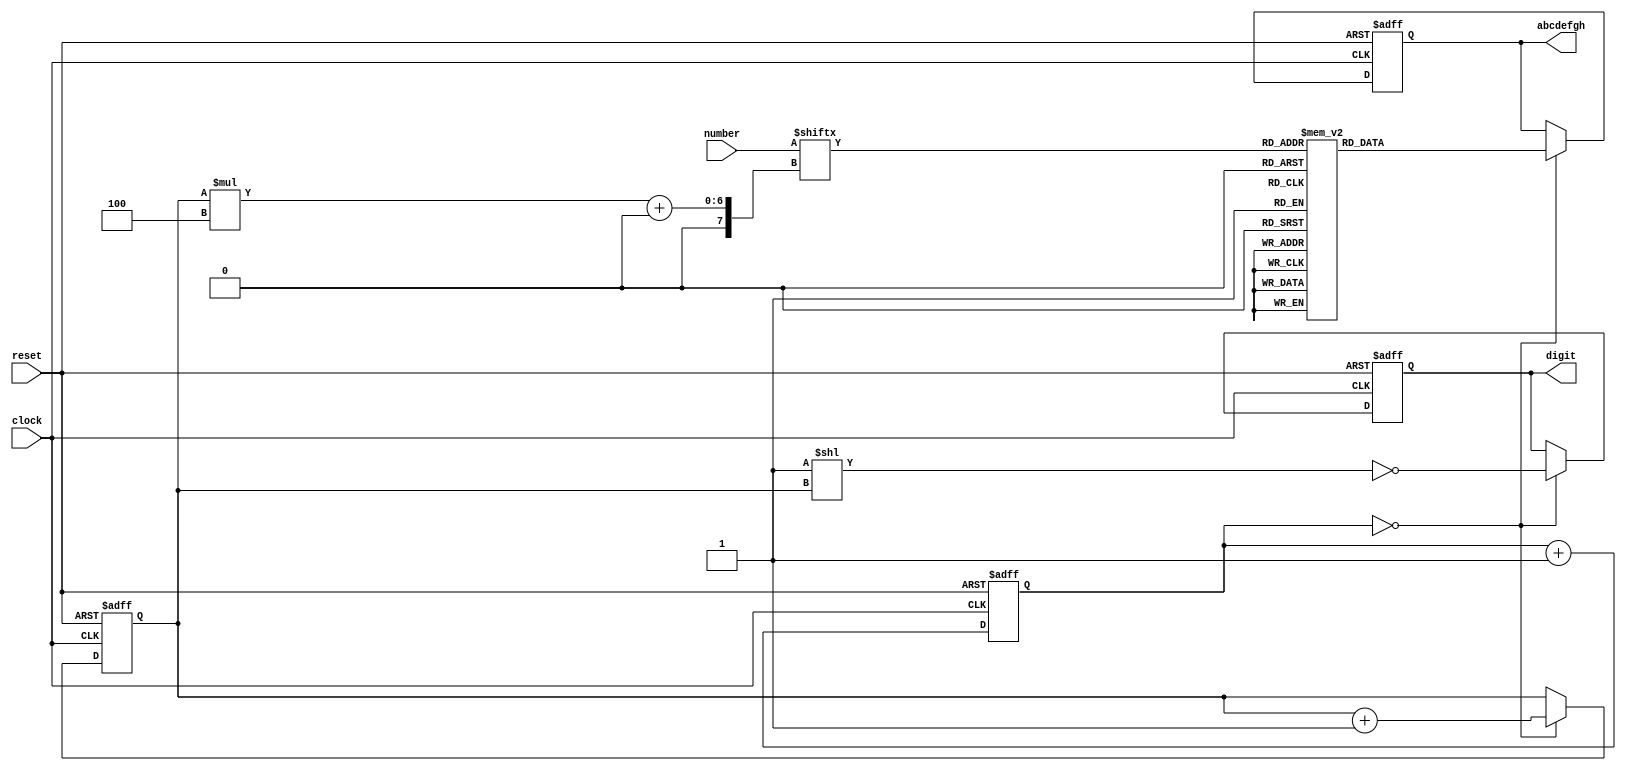
module seven_segment_8_digits
(
    input             clock,
    input             reset,
    input      [31:0] number,

    output reg [ 7:0] abcdefgh,
    output reg [ 7:0] digit
);

    function [7:0] bcd_to_seg (input [3:0] bcd);

        case (bcd)

        'h0: bcd_to_seg = 'b00000011;  // a b c d e f g h
        'h1: bcd_to_seg = 'b10011111;
        'h2: bcd_to_seg = 'b00100101;  //   --a--
        'h3: bcd_to_seg = 'b00001101;  //  |     |
        'h4: bcd_to_seg = 'b10011001;  //  f     b
        'h5: bcd_to_seg = 'b01001001;  //  |     |
        'h6: bcd_to_seg = 'b01000001;  //   --g--
        'h7: bcd_to_seg = 'b00011111;  //  |     |
        'h8: bcd_to_seg = 'b00000001;  //  e     c
        'h9: bcd_to_seg = 'b00011001;  //  |     |
        'ha: bcd_to_seg = 'b00010001;  //   --d--  h
        'hb: bcd_to_seg = 'b11000001;
        'hc: bcd_to_seg = 'b01100011;
        'hd: bcd_to_seg = 'b10000101;
        'he: bcd_to_seg = 'b01100001;
        'hf: bcd_to_seg = 'b01110001;

        endcase

    endfunction

    reg [15:0] cnt;

    always @ (posedge clock or posedge reset)
        if (reset)
            cnt <= 16'd0;
        else
            cnt <= cnt + 16'd1;

    reg [2:0] i;

    always @ (posedge clock or posedge reset)
    begin
        if (reset)
        begin
            abcdefgh <=   bcd_to_seg (0);
            digit    <= ~ 8'b1;

            i <= 0;
        end
        else if (cnt == 16'b0)
        begin
            abcdefgh <=   bcd_to_seg (number [i * 4 +: 4]);
            digit    <= ~ (8'b1 << i);

            i <= i + 1;
        end
    end

endmodule